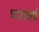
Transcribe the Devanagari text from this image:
धारावर्ष